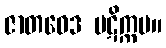
ဇာတဝေဒ ပဋိက္ကမ။